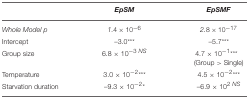
<table><thead><tr><td></td><td><b><i>EpSM</i></b></td><td><b><i>EpSMF</i></b></td></tr></thead><tbody><tr><td><i>Whole Model p</i></td><td><i>1.4 × 10<sup>−6</sup></i></td><td><i>2.8 × 10<sup>−17</sup></i></td></tr><tr><td>Intercept</td><td>–3.0<sup>***</sup></td><td>–5.7<sup>***</sup></td></tr><tr><td>Group size</td><td>6.8 × 10<sup>−3 <i>NS</i></sup></td><td>4.7 × 10<sup>−1</sup><sup>***</sup> (Group &gt; Single)</td></tr><tr><td>Temperature</td><td>3.0 × 10<sup>−2</sup><sup>***</sup></td><td>4.5 × 10<sup>−2</sup><sup>***</sup></td></tr><tr><td>Starvation duration</td><td>–9.3 × 10<sup>−2</sup><sup>*</sup></td><td>–6.9 × 10<sup>2 <i>NS</i></sup></td></tr></tbody></table>